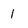
Character: 1